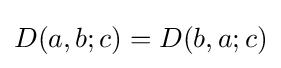
D(a,b;c)=D(b,a;c)